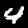
Digit: 4